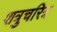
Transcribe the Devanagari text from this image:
शत्रुचरित्र